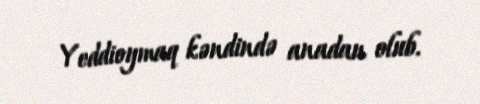
Yeddioymaq kəndində anadan olub.